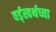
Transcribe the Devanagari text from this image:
वर्ड्‌स्वर्थच्या